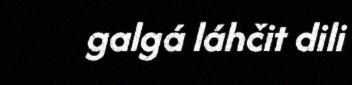
galgá láhčit dili